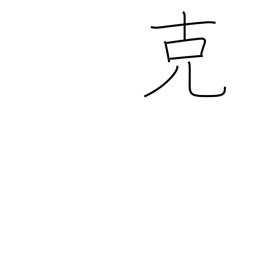
Meaning: overcome